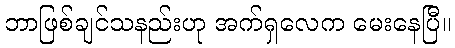
ဘာဖြစ်ချင်သနည်းဟု အက်ရှလေက မေးနေပြီ။